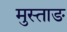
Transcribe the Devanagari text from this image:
मुस्ताङ